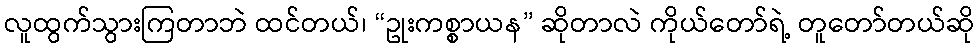
လူထွက်သွားကြတာဘဲ ထင်တယ်၊ “ဥုးကစ္စာယန” ဆိုတာလဲ ကိုယ်တော်ရဲ့ တူတော်တယ်ဆို